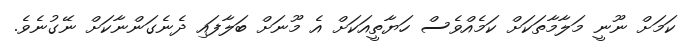
ކަމަށް ނޫނީ މަލާމާތަކަށް ކަމެއްވެސް ހަޔާތީއަކަށް އެ މޫނަށް ބަލާފައި ދެނެގަންނާކަށް ނޭގުނެވެ.